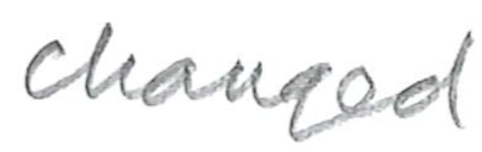
Text: changed
Cross-out: clean
Writing tool: pencil